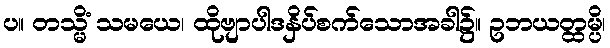
ပ။ တသ္မိံ သမယေ၊ ထိုဗျာပါဒနှိပ်စက်သောအခါ၌။ ဥဘယတ္ထမ္ပိ၊